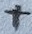
Text: +